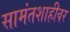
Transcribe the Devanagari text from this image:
सामंतशाहीवर